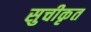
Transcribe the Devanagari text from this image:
सुचीकृत